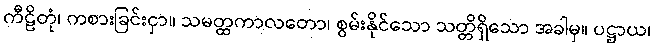
ကီဠိတုံ၊ ကစားခြင်းငှာ။ သမတ္ထကာလတော၊ စွမ်းနိုင်သော သတ္တိရှိသော အခါမှ။ ပဋ္ဌာယ၊